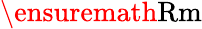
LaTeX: \ensuremath\mathrm{{Rm}}